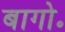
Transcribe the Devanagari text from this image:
बागो॰